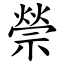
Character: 禜